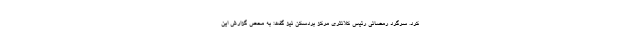
کرد. سرگرد رمضانی رئیس کلانتری مرکز بردسکن نیز گفت: به محض گزارش این